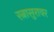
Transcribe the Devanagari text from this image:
रत्नासुरावर